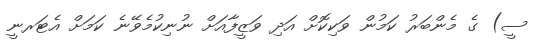
ސީ) ގެ މެންބަރު ކަމުން ވަކިކޮށް އަދި ވަޒީފާއަށް ނުނިކުމެވޭނެ ކަމަށް އެޓަރނީ